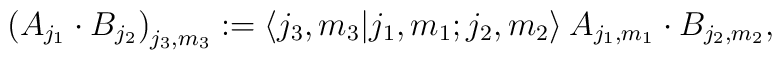
\big( A_{j_1} \cdot B_{j_2} \big)_{j_3,m_3}  :=    \langle j_3,m_3 | j_1,m_1;j_2,m_2 \rangle \:    A_{j_1,m_1} \cdot B_{j_2,m_2},